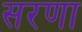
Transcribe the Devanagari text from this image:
सरणा